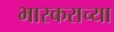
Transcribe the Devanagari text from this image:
भास्कराच्या